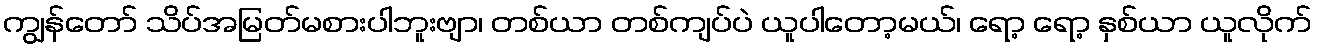
ကျွန်တော် သိပ်အမြတ်မစားပါဘူးဗျာ၊ တစ်ယာ တစ်ကျပ်ပဲ ယူပါတော့မယ်၊ ရော့ ရော့ နှစ်ယာ ယူလိုက်